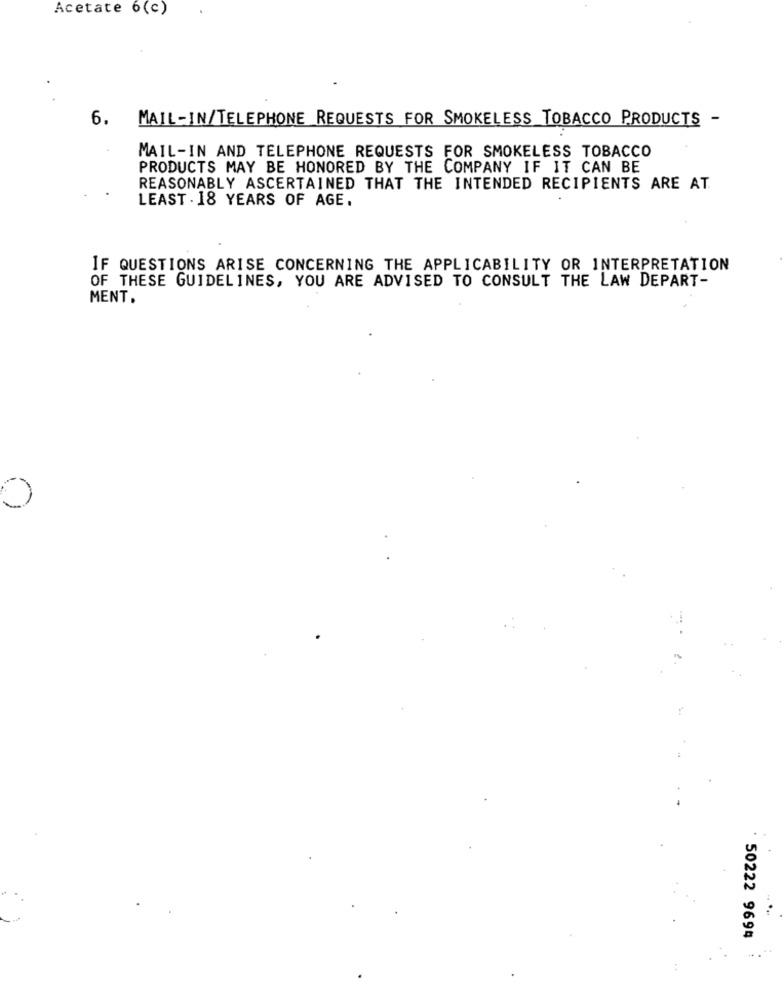
Acetate 6(c)
6.
MAIL-IN/TELEPHONE REQUESTS FOR SMOKELESS TOBACCO PRODUCTS -
MAIL-IN AND TELEPHONE REQUESTS FOR SMOKELESS TOBACCO
PRODUCTS MAY BE HONORED BY THE COMPANY IF IT CAN BE
REASONABLY ASCERTAINED THAT THE INTENDED RECIPIENTS ARE AT.
LEAST . 18 YEARS OF AGE.
IF QUESTIONS ARISE CONCERNING THE APPLICABILITY OR INTERPRETATION
OF THESE GUIDELINES, YOU ARE ADVISED TO CONSULT THE LAW DEPART-
MENT.
0
50222 9694